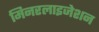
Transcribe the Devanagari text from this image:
मिनरलाइजेशन